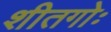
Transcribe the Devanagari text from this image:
शीतगोः